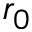
r _ { 0 }